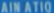
ainAtQ